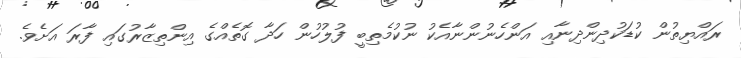
ރައްޔިތުން ކުޑަކުދިންދިނާއި އަންހެނުންނާއެކު ނުކުމެތިބީ ފުލުހުން ހަދާ ގޮތެއްގެ އިންތިޒާރުގައި ފާރަ އަށެވެ.